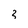
Character: 3